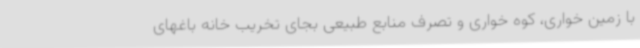
با زمین خواری، کوه خواری و تصرف منابع طبیعی بجای تخریب خانه باغهای